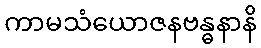
ကာမသံယောဇနဗန္ဓနာနိ